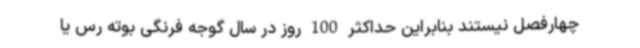
چهارفصل نیستند بنابراین حداکثر 100 روز در سال گوجه فرنگی بوته رس یا